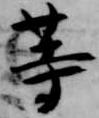
等